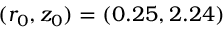
( r _ { 0 } , z _ { 0 } ) = ( 0 . 2 5 , 2 . 2 4 )